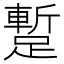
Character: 蹔